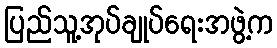
ပြည်သူ့အုပ်ချုပ်ရေးအဖွဲ့က